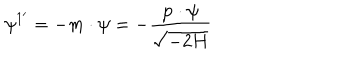
\psi ^ { 1 ^ { \prime } } = - m \cdot \psi = - \frac { { \bf p \cdot \psi } } { \sqrt { - 2 H } }